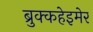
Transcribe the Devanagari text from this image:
ब्रुक्कहेइमेर